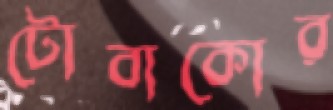
টোবাকোর